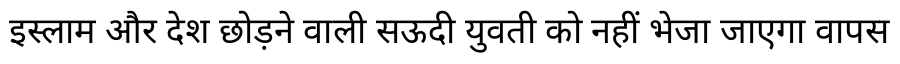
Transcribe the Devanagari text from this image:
इस्लाम और देश छोड़ने वाली सऊदी युवती को नहीं भेजा जाएगा वापस